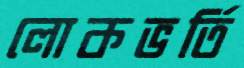
লোকভর্তি